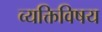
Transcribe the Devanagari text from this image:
व्यक्तिविषय